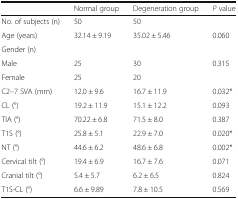
|  | Normal group | Degeneration group | P value |
 | --- | --- | --- | --- |
 | No. of subjects (n) | 50 | 50 |  |
 | Age (years) | 32.14 ± 9.19 | 35.02 ± 5.46 | 0.060 |
 | Gender (n) |  |  |  |
 | Male | 25 | 30 | 0.315 |
 | Female | 25 | 20 |  |
 | C2–7 SVA (mm) | 12.0 ± 9.6 | 16.7 ± 11.9 | 0.032* |
 | CL (°) | 19.2 ± 11.9 | 15.1 ± 12.2 | 0.093 |
 | TIA (°) | 70.22 ± 6.8 | 71.5 ± 8.0 | 0.387 |
 | T1S (°) | 25.8 ± 5.1 | 22.9 ± 7.0 | 0.020* |
 | NT (°) | 44.6 ± 6.2 | 48.6 ± 6.8 | 0.002* |
 | Cervical tilt (°) | 19.4 ± 6.9 | 16.7 ± 7.6 | 0.071 |
 | Cranial tilt (°) | 5.4 ± 5.7 | 6.2 ± 6.5 | 0.824 |
 | T1S-CL (°) | 6.6 ± 9.89 | 7.8 ± 10.5 | 0.569 |